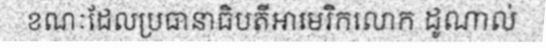
ខណៈដែលប្រធានាធិបតីអាមេរិកលោក ដូណាល់